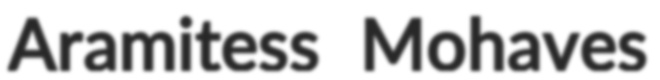
Aramitess Mohaves